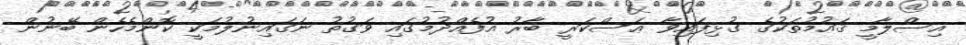
އިސްލާމީ ޤައުމުތަކުގެ ގުޅިފައިވާ ޢަސްކަރީ ބާރު އުފެއްދުމުގައި ވަގުތު ނަގައިނުލުމަކީ ކޮންމެހެން ބޭނުން